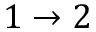
1 \to 2